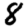
Digit: 8